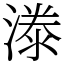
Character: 漛